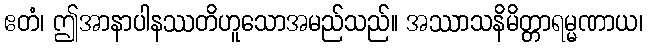
ဧတံ၊ ဤအာနာပါနဿတိဟူသောအမည်သည်။ အဿာသနိမိတ္တာရမ္မဏာယ၊